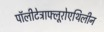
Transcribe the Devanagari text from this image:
पॉलीटेट्राफ्लूरोएथिलीन